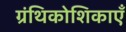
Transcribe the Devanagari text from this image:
ग्रंथिकोशिकाएँ